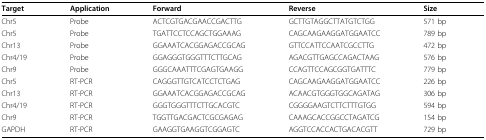
<table><thead><tr><td><b>Target</b></td><td><b>Application</b></td><td><b>Forward</b></td><td><b>Reverse</b></td><td><b>Size</b></td></tr></thead><tbody><tr><td>Chr5</td><td>Probe</td><td>ACTCGTGACGAACCGACTTG</td><td>GCTTGTAGGCTTATGTCTGG</td><td>571 bp</td></tr><tr><td>Chr5</td><td>Probe</td><td>TGATTCCTCCAGCTGGAAAG</td><td>CAGCAAGAAGGATGGAATCC</td><td>789 bp</td></tr><tr><td>Chr13</td><td>Probe</td><td>GGAAATCACGGAGACCGCAG</td><td>GTTCCATTCCAATCGCCTTG</td><td>472 bp</td></tr><tr><td>Chr4/19</td><td>Probe</td><td>GGAGGGTGGGTTTCTTGCAG</td><td>AGACGTTGAGCCAGACTAAG</td><td>576 bp</td></tr><tr><td>Chr9</td><td>Probe</td><td>GGGCAAATTTCGAGTGAAGG</td><td>CCAGTTCCAGCGGTGATTTC</td><td>779 bp</td></tr><tr><td>Chr5</td><td>RT-PCR</td><td>CAGGGTTGTCATCCTCTGAG</td><td>CAGCAAGAAGGATGGAATCC</td><td>226 bp</td></tr><tr><td>Chr13</td><td>RT-PCR</td><td>GGAAATCACGGAGACCGCAG</td><td>ACAACGTGGGTGGCAGATAG</td><td>306 bp</td></tr><tr><td>Chr4/19</td><td>RT-PCR</td><td>GGGTGGGTTTCTTGCACGTC</td><td>CGGGGAAGTCTTCTTTGTGG</td><td>594 bp</td></tr><tr><td>Chr9</td><td>RT-PCR</td><td>TGGTTGACGACTCGCGAGAG</td><td>CAAAGCACCGGCCTAGATCG</td><td>154 bp</td></tr><tr><td>GAPDH</td><td>RT-PCR</td><td>GAAGGTGAAGGTCGGAGTC</td><td>AGGTCCACCACTGACACGTT</td><td>729 bp</td></tr></tbody></table>